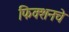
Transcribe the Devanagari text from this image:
फिक्शनचे